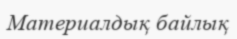
Материалдық байлық